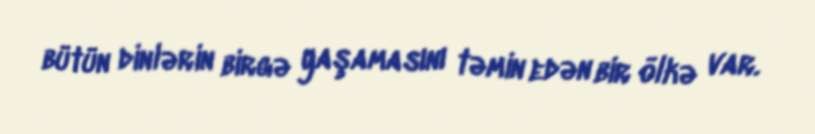
bütün dinlərin birgə yaşamasını təmin edən bir ölkə var.